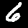
Label: 6